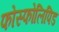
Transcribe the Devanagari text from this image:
फोस्फोलिपिड